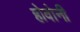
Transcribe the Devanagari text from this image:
होवोनी